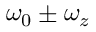
\omega _ { 0 } \pm \omega _ { z }